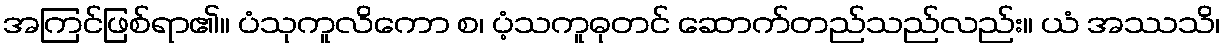
အကြင်ဖြစ်ရာ၏။ ပံသုကူလိကော စ၊ ပံ့သကူဓုတင် ဆောက်တည်သည်လည်း။ ယံ အဿသိ၊